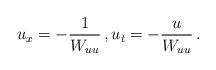
LaTeX: \begin{align*} u_x=-\frac{1}{W_{uu}}\, , u_t=-\frac{u}{W_{uu}}\, . \end{align*}